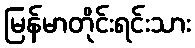
မြန်မာတိုင်းရင်းသား